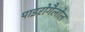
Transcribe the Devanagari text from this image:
पाइरोगैलोल